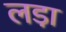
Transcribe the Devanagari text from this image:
लडा़